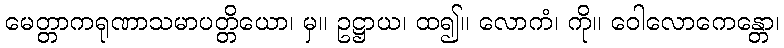
မေတ္တာကရုဏာသမာပတ္တိယော၊ မှ။ ဥဋ္ဌာယ၊ ထ၍။ လောကံ၊ ကို။ ဝေါလောကေန္တော၊